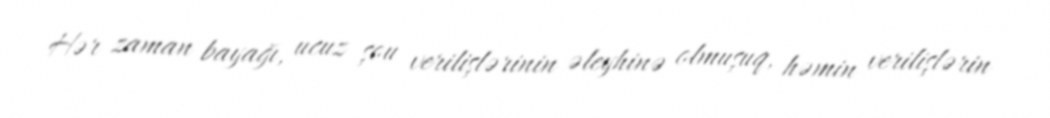
Hər zaman bayağı, ucuz şou verilişlərinin əleyhinə olmuşuq, həmin verilişlərin